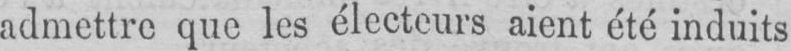
admettre que les électeurs aient été induits